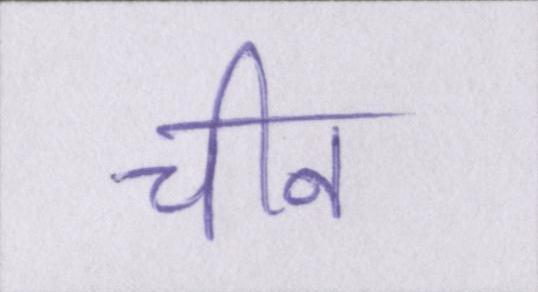
चीन